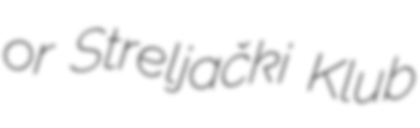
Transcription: or Streljački Klub